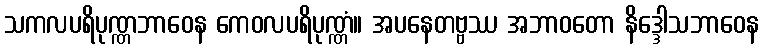
သကလပရိပုဏ္ဏဘာဝေန ကေဝလပရိပုဏ္ဏံ။ အပနေတဗ္ဗဿ အဘာဝတော နိဒ္ဒေါသဘာဝေန